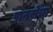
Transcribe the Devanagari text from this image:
पानसेंचा